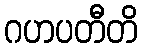
ဂဟပတီတိ